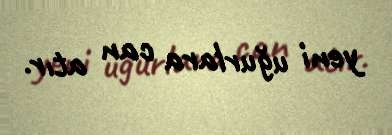
yeni uğurlara can atır.